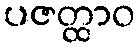
ပဇတ္ထာဝ